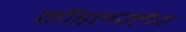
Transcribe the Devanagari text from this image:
मॉडलफ्लेज